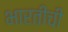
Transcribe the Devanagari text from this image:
भारतीची